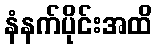
နံနက်ပိုင်းအထိ